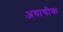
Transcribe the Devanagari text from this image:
अयाचीक